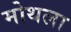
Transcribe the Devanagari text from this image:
मोथला